Report on the metropolitan horse fairs and district horse shows of 1892-93 - 1892-1893
Year: 1892
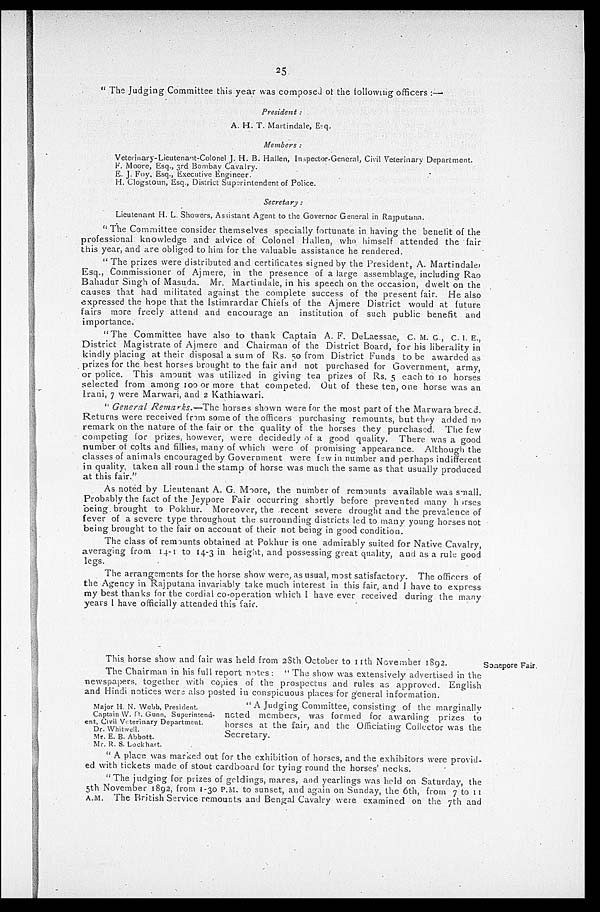
25
"The Judging Committee this year was composed of the following officers:—
President:
A. H. T. Martindale, Esq.
Members:
Veterinary-Lieutenant-Colonel J. H. B. Hallen, Inspector-General, Civil Veterinary Department.
F. Moore, Esq., 3rd Bombay Cavalry.
E. J. Foy. Esq., Executive Engineer.
H. Clogstoun, Esq., District Superintendent of Police.
Secretary:
Lieutenant H. L. Showers, Assistant Agent to the Governor General in Rajputana.
"The Committee consider themselves specially fortunate in having the benefit of the
professional knowledge and advice of Colonel Hallen, who himself attended the fair
this year, and are obliged to him for the valuable assistance he rendered.
"The prizes were distributed and certificates signed by the President, A. Martindale
Esq., Commissioner of Ajmere, in the presence of a large assemblage, including Rao
Bahadur Singh of Masuda. Mr. Martindale, in his speech on the occasion, dwelt on the
causes that had militated against the complete success of the present fair. He also
expressed the hope that the Istimrardar Chiefs of the Ajmere District would at future
fairs more freely attend and encourage an institution of such public benefit and
importance.
"The Committee have also to thank Captain A. F. DeLaessae, C. M. G., C. I. E.,
District Magistrate of Ajmere and Chairman of the District Board, for his liberality in
kindly placing at their disposal a sum of Rs. 50 from District Funds to be awarded as
prizes for the best horses brought to the fair and not purchased for Government, army,
or police. This amount was utilized in giving tea prizes of Rs. 5 each to 10 horses
selected from among 100 or more that competed. Out of these ten, one horse was an
Irani, 7 were Marwari, and 2 Kathiawari.
"General Remarks.—The
horses shown were for the most part of the Marwara breed.
Returns were received from some of the officers purchasing remounts, but they added no
remark on the nature of the fair or the quality of the horses they purchased. The few
competing for prizes, however, were decidedly of a good quality. There was a good
number of colts and fillies, many of which were of promising appearance. Although the
classes of animals encouraged by Government were few in number and perhaps indifferent
in quality, taken all round the stamp of horse was much the same as that usually produced
at this fair."
As noted by Lieutenant A. G. Moore, the number of remounts available was small.
Probably the fact of the Jeypore Fair occurring shortly before prevented many horses
being brought to Pokhur. Moreover, the recent severe drought and the prevalence of
fever of a severe type throughout the surrounding districts led to many young horses not
being brought to the fair on account of their not being in good condition.
The class of remounts obtained at Pokhur is one admirably suited for Native Cavalry,
averaging from 14-1 to 14-3 in height, and possessing great quality, and as a rule good
legs.
The arrangements for the horse show were, as usual, most satisfactory. The officers of
the Agency in Rajputana invariably take much interest in this fair, and I have to express
my best thanks for the cordial co-operation which I have ever received during the many
years I have officially attended this fair.
Sonepore Fair.
This horse show and fair was held from 28th October to 11th November 1892.
The Chairman in his full report notes: "The show was extensively advertised in the
newspapers, together with copies of the prospectus and rules as approved. English
and Hindi notices were also posted in conspicuous places for general information.
Major H. N. Webb, President.
Captain W. H. Gunn, Superintend-
ent, Civil Veterinary Department.
Dr. Whitwell.
Mr. E. B. Abbott.
Mr. R. S. Lockhart.
"A Judging Committee, consisting of the marginally
noted members, was formed for awarding prizes to
horses at the fair, and the Officiating Collector was the
Secretary.
"A place was marked out for the. exhibition of horses, and the exhibitors were provid-
ed with tickets made of stout cardboard for tying round the horses' necks.
"The judging for prizes of goldings, mares, and yearlings was held on Saturday, the
5th November 1892, from 1-30 P.M. to sunset, and again on Sunday, the 6th, from 7 to 11
A.M. The British Service remounts and Bengal Cavalry were examined on the 7th and